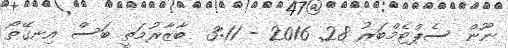
ނޫން ސެޕްޓެމްބަރު 28